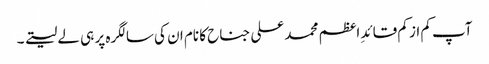
آپ کم از کم قائدِ اعظم محمد علی جناح کا نام ان کی سالگرہ پر ہی لے لیتے ۔